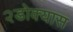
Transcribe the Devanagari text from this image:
२डोक्यास